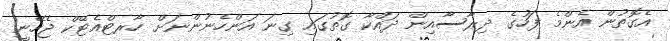
އެގޮތުން އެންމެ ފަހުގެ ދިރާސާއިން ދައްކާ ގޮތުގައި ގިނަ އަންހެނުންނަށް ހާރޓްއެޓޭކް ޖެހޭނީ